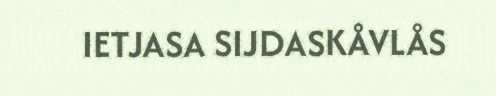
IETJASA SIJDASKÅVLÅS